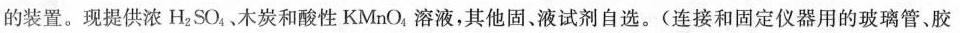
的装置。现提供浓\mathrm{H}_{2} \mathrm{SO}_{4}、木炭和酸性\mathrm{KMnO}_{4}溶液，其他固。液试剂自选。(连接和固定仪器用的玻璃管、胶